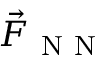
\vec { F } _ { \mathrm { ~ N ~ N ~ } }